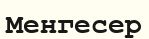
Менгесер